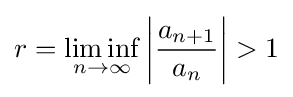
r=\liminf _{n\to \infty }\left|{\frac {a_{n+1}}{a_{n}}}\right|>1